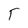
Character: T